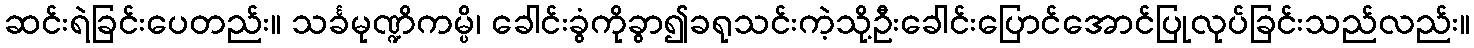
ဆင်းရဲခြင်းပေတည်း။ သင်္ခမုဏ္ဍိကမ္ပိ၊ ခေါင်းခွံကိုခွာ၍ခရုသင်းကဲ့သို့ဦးခေါင်းပြောင်အောင်ပြုလုပ်ခြင်းသည်လည်း။